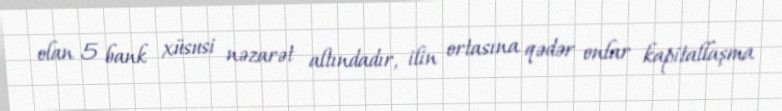
olan 5 bank xüsusi nəzarət altındadır, ilin ortasına qədər onlar kapitallaşma